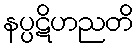
နပ္ပဋိဟညတိ